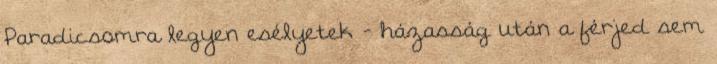
Paradicsomra legyen esélyetek - házasság után a férjed sem